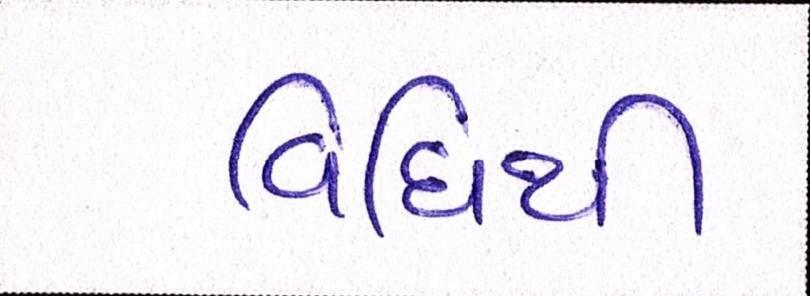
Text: વિધિથી